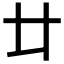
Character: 𠥻